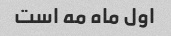
اول ماه مه است